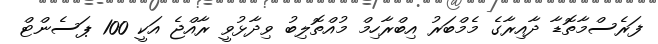
ފަރެސްމާތޮޑާ ދާއިރާގެ މެމްބަރު އިބްރާހިމް މުއްތޮލިބު ވިދާޅުވީ ރާއްޖެ އަކީ 100 ޕަސެންޓް